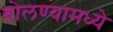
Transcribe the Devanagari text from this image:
बोलण्यामध्ये